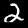
Digit: 2